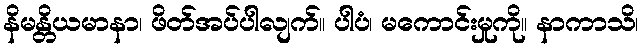
နိမန္တိယမာနာ၊ ဖိတ်အပ်ပါလျက်။ ပါပံ၊ မကောင်းမှုကို။ နာကာသိ၊